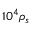
1 0 ^ { 4 } \rho _ { s }